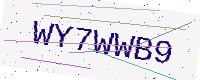
Text: WY7WWB9